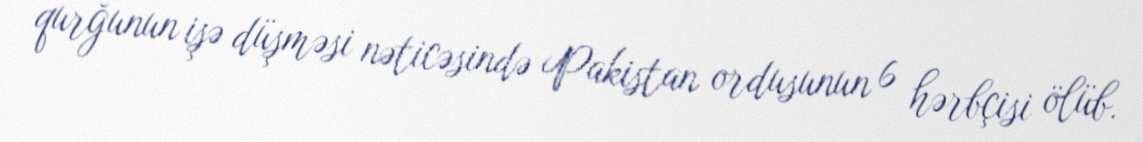
qurğunun işə düşməsi nəticəsində Pakistan ordusunun 6 hərbçisi ölüb.